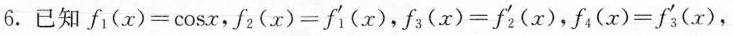
6.已知 $$f _ { 1 } ( x ) = \ c o s x$$, $$f _ { 2 } ( x ) = f _ { 1 } ^ { \ p r i m e } ( x )$$ $$f _ { 3 } ( x ) = f _ { 2 } ^ { \ p r i m e } ( x )$$ $$f _ { 4 } ( x ) = f _ { 3 } ^ { \ p r i m e } ( x )$$